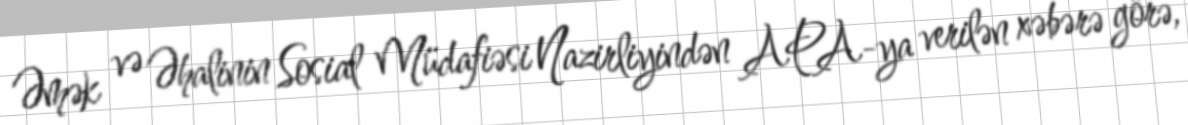
Əmək və Əhalinin Sosial Müdafiəsi Nazirliyindən APA-ya verilən xəbərə görə,